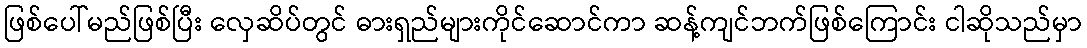
ဖြစ်ပေါ်မည်ဖြစ်ပြီး လှေဆိပ်တွင် ဓားရှည်များကိုင်ဆောင်ကာ ဆန့်ကျင်ဘက်ဖြစ်ကြောင်း ငါဆိုသည်မှာ